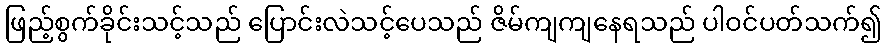
ဖြည့်စွက်ခိုင်းသင့်သည် ပြောင်းလဲသင့်ပေသည် ဇိမ်ကျကျနေရသည် ပါဝင်ပတ်သက်၍